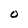
Character: O